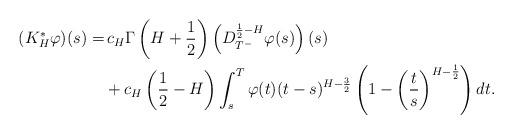
LaTeX: \begin{align*}(K_{H}^{\ast }\varphi )(s)=& \,c_{H}\Gamma \left( H+\frac{1}{2}\right)\left( D_{T^{-}}^{\frac{1}{2}-H}\varphi (s)\right) (s) \\& +c_{H}\left( \frac{1}{2}-H\right) \int_{s}^{T}\varphi (t)(t-s)^{H-\frac{3}{2}}\left( 1-\left( \frac{t}{s}\right) ^{H-\frac{1}{2}}\right) dt.\end{align*}